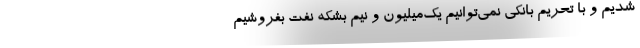
شدیم و با تحریم بانکی نمی‌توانیم یک‌میلیون و نیم بشکه نفت بفروشیم